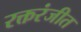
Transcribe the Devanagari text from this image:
रक्तरंजीत